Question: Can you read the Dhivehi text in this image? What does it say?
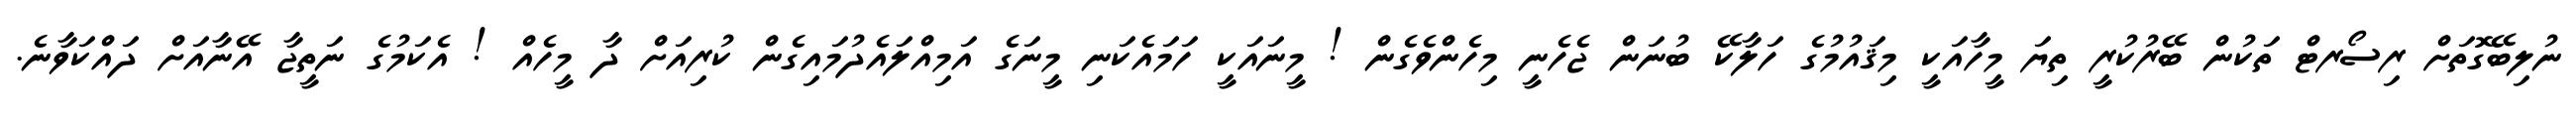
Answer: ނުލިބޭގޮތަށް ރިސޯރޓް ތަކުން ބޭރުކުރީ ތިޔަ މީހާއަކީ މިޤައުމުގެ ހަލާކޭ ބުނަން ޖެހެނީ މިހެންވެގެން ! މީނައަކީ ހަމައެކަނި މީނަގެ އަމިއްލައެދުމައިގެން ކުރިއަށް ދާ މީހެއް ! އެކަމުގެ ނަތީޖާ އޭނާއަށް ދައްކަވާނެ.